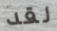
لقد